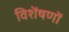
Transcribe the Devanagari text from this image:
विशेंषणों